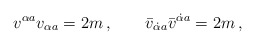
\begin{align*}v^{\alpha{}a}v_{\alpha{}a} =2m \, , \qquad\bar v_{\dot\alpha{}a}\bar v^{\dot\alpha{}a} =2m \, ,\end{align*}